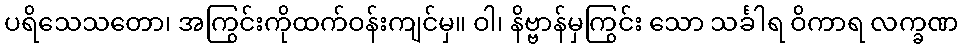
ပရိသေသတော၊ အကြွင်းကိုထက်ဝန်းကျင်မှ။ ဝါ၊ နိဗ္ဗာန်မှကြွင်း သော သင်္ခါရ ဝိကာရ လက္ခဏ